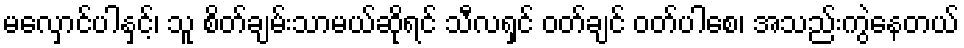
မလှောင်ပါနှင့်၊ သူ စိတ်ချမ်းသာမယ်ဆိုရင် သီလရှင် ဝတ်ချင် ဝတ်ပါစေ၊ အသည်းကွဲနေတယ်